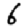
Digit: 6